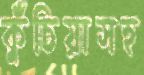
কুঁচিয়াসহ